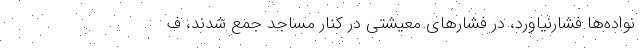
نواده‌ها فشارنیاورد، در فشار‌های معیشتی در کنار مساجد جمع شدند، ف